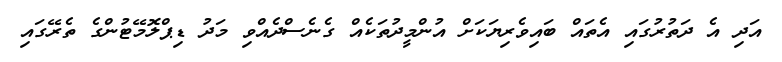
އަދި އެ ދަތުރުގައި އެތައް ބައިވެރިޔަކަށް އުންމީދުތަކެއް ގެނެސްދެއްވި މަދު ޑިޕްލޮމޭޓުންގެ ތެރޭގައި